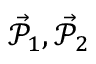
\vec { \mathcal { P } } _ { 1 } , \vec { \mathcal { P } } _ { 2 }